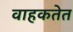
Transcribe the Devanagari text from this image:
वाहकतेत